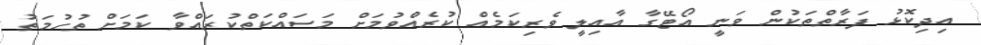
އިދިކޮޅު ފަރާތްތަކުން ވަނީ އޯޓޭގާ އާއިލީ ވެރިކަމެއް ކުރެއްވުމަށް މަސައްކަތްކުރައްވާ ކަމަށް ތުހުމަތު